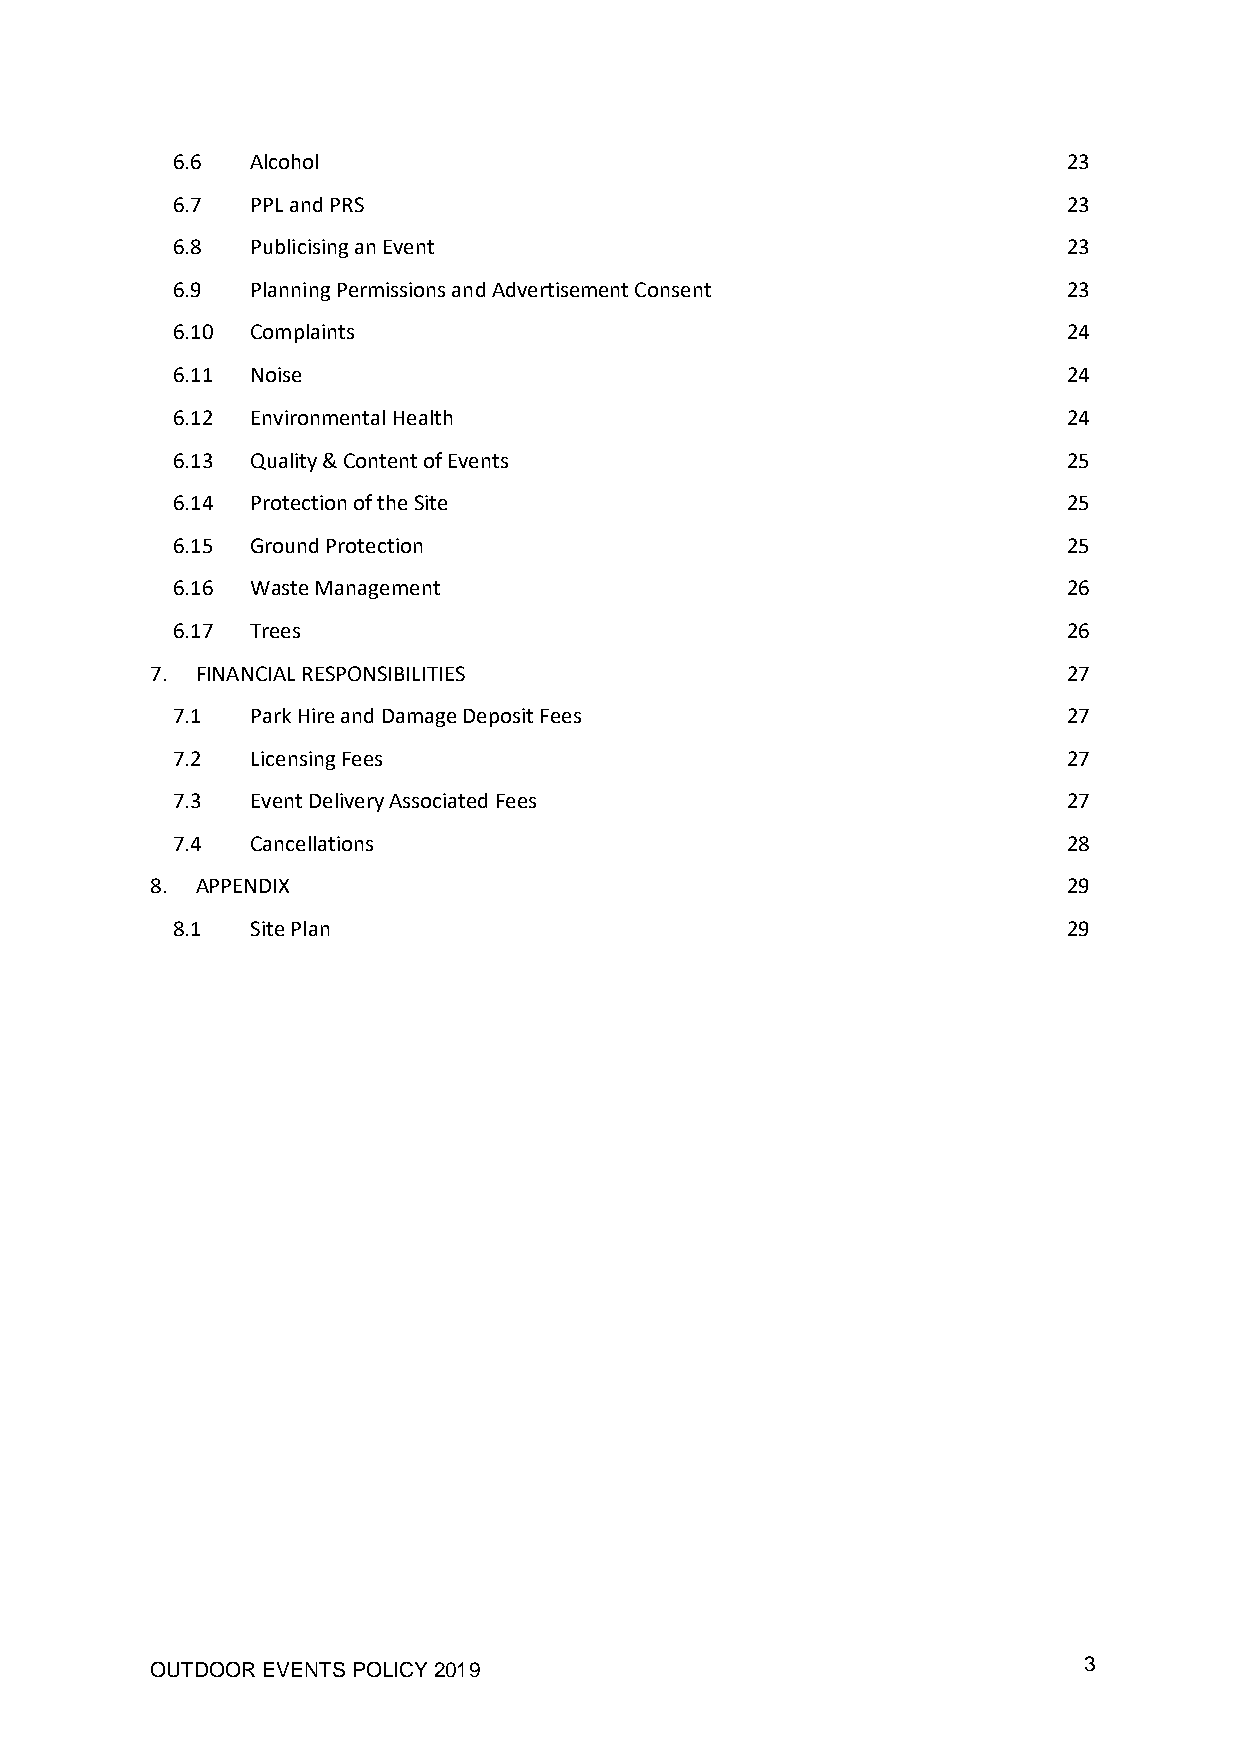
6.6   Alcohol                                               23
 6.7   PPL and PRS                                           23
 6.8   Publicising an Event                                  23
 6.9   Planning Permissions and Advertisement Consent        23
 6.10  Complaints                                            24
 6.11  Noise                                                 24
 6.12  Environmental Health                                  24
 6.13  Quality & Content of Events                           25
 6.14  Protection of the Site                                25
 6.15  Ground Protection                                     25
 6.16  Waste Management                                      26
 6.17  Trees                                                 26
 7. FINANCIAL RESPONSIBILITIES                                27
 7.1   Park Hire and Damage Deposit Fees                     27
 7.2   Licensing Fees                                        27
 7.3   Event Delivery Associated Fees                        27
 7.4   Cancellations                                         28
 8. APPENDIX                                                  29
 8.1   Site Plan                                             29
 OUTDOOR EVENTS POLICY 2019                                    3